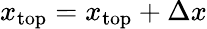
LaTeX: x_{\mathrm{{top}}}=x_{\mathrm{{top}}}+\Delta x